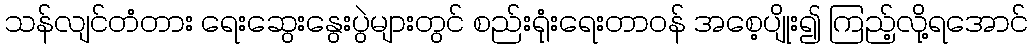
သန်လျင်တံတား ရေးဆွေးနွေးပွဲများတွင် စည်းရုံးရေးတာဝန် အစေ့ပျိုး၍ ကြည့်လို့ရအောင်